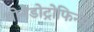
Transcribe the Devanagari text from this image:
गोनेडोट्रोफिन्स